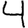
Digit: 4